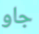
جاو